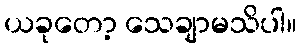
ယခုတော့ သေချာမသိပါ။